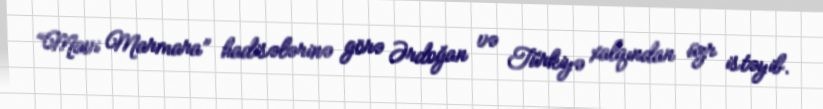
“Mavi Marmara” hadisələrinə görə Ərdoğan və Türkiyə xalqından üzr istəyib.